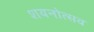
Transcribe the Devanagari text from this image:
शयनोत्सव